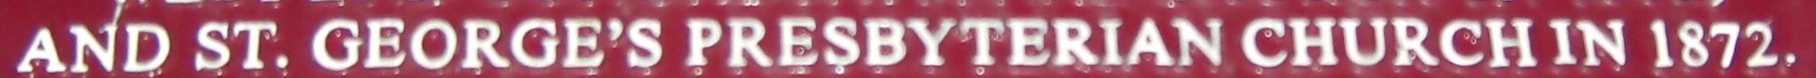
AND ST. GEORGE'S PRESBYTERIAN CHURCH IN 1872,